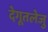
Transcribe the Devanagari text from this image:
देगूतलेजु